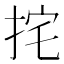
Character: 挓